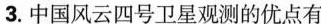
3.中国风云四号卫星观测的优点有 ()